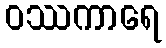
ဝဿကာရေ